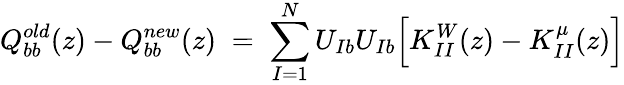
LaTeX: Q_{bb}^{old}(z)-Q_{bb}^{new}(z)\; =\; \sum_{I=1}^{N}U_{Ib}U_{Ib}\Big[K_{II}^{W}(z)-K_{II}^{\mu}(z)\Big]